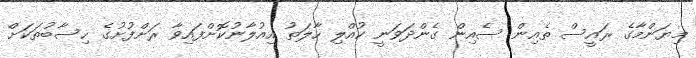
މިޔަންމާގެ ރައީސް ތެއިން ސެއިން ގެންދަވަނީ ކުއްލި ހާލަތު އިއުލާނުކޮށްފައިވާ ރަށްފުށުގެ ހިސާބުތަކަށް